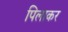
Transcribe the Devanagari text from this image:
पिलाकर